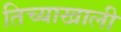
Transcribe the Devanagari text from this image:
तिच्याखाली